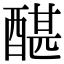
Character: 䤁